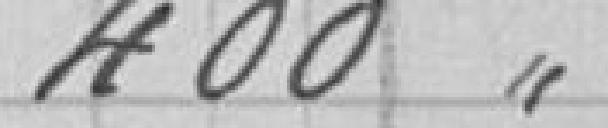
400